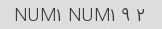
۲ NUM۱ NUM۱ ۹